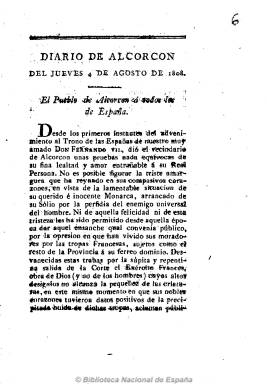
Título: Diario de Alcorcón
Colección: Periódicos anteriores a 1850
Ámbito geográfico: Madrid
Lugar de publicación: Alcorcón [Madrid]
Fechas: 04/08/1808-04/08/1808

Se trata de una única edición correspondiente al jueves 4 de agosto de 1808, de cuatro páginas y sin pie de imprenta, que contiene la proclama patriótica titulada “El pueblo de Alcorcón a todos los de España”, en la que se expresa la lealtad a Fernando VII cuando la provincia de Madrid está en manos del comandante del ejército francés Joaquín Murat. Se da cuenta de una “solemne procesión” popular al frente de la cual es levantando un Real Estandarte con el retrato de Fernando VII celebrado en esta localidad madrileña en la noche del día anterior.